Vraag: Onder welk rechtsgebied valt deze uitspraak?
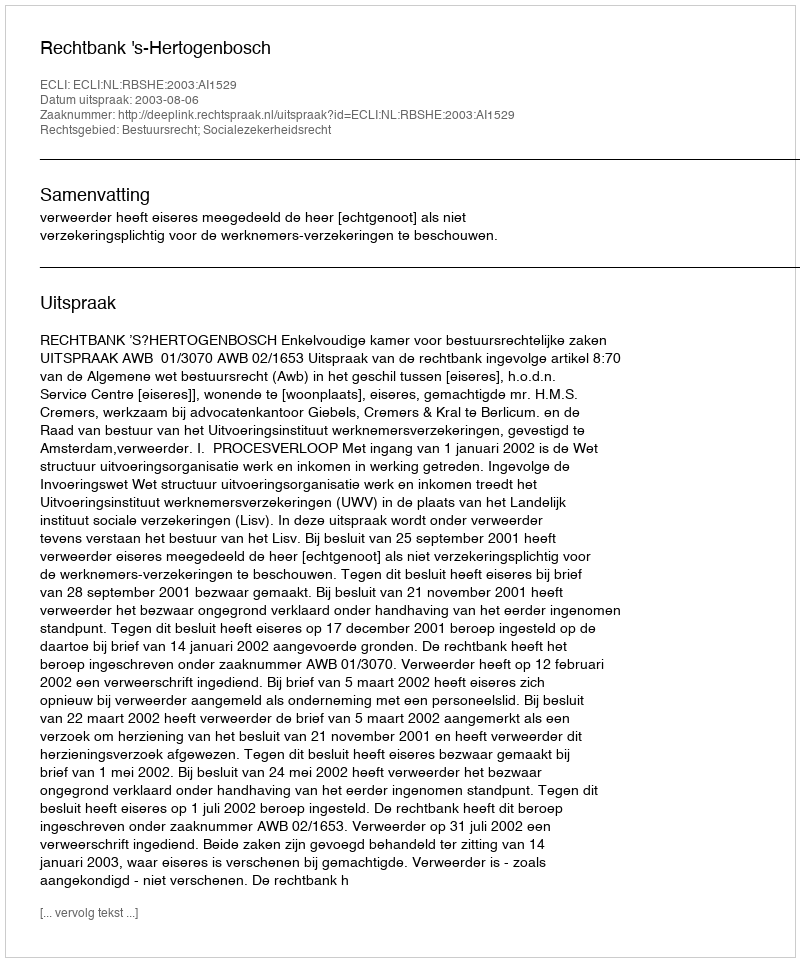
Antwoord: Bestuursrecht; Socialezekerheidsrecht